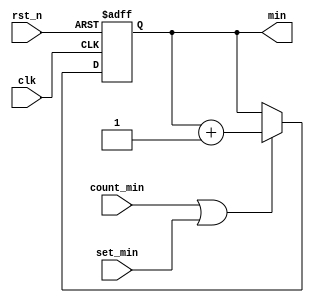
module count_minute
( 
  clk
 ,rst_n
 ,count_min
 ,set_min
 ,min
);
  input            clk      ;
  input            rst_n    ;
	input            count_min;
	input            set_min  ;
  output reg [6:0] min      ;


	always @(posedge clk or negedge rst_n) begin
		if(~rst_n) begin
			min <= 7'd0;
	  end
		else if(count_min || set_min) begin
			min <= min + 7'd1;
		end
		else begin
			min <= min ;
	  end
	end
endmodule